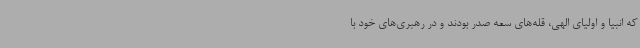
که انبیا و اولیای الهی، قله‌های سعه صدر بودند و در رهبری‌های خود با